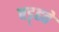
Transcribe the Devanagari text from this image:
बड़्हते